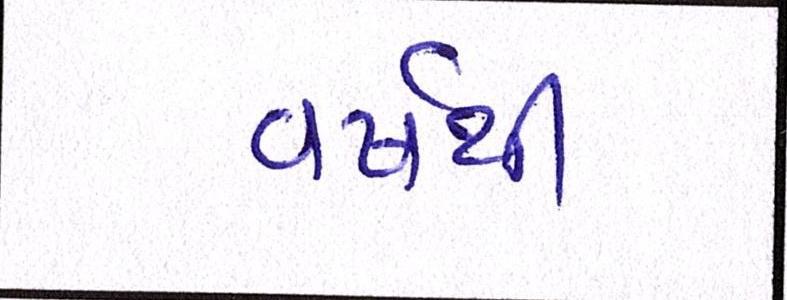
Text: વર્ષથી